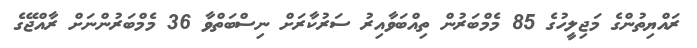
ރައްޔިތުންގެ މަޖިލީހުގެ 85 މެމްބަރުން ތިއްބަވާއިރު ސަރުކާރަށް ނިސްބަތްވާ 36 މެމްބަރުންނަށް ރާއްޖޭގެ